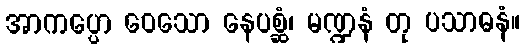
အာကပ္ပော ဝေသော နေပစ္ဆံ၊ မဏ္ဍနံ တု ပသာဓနံ။